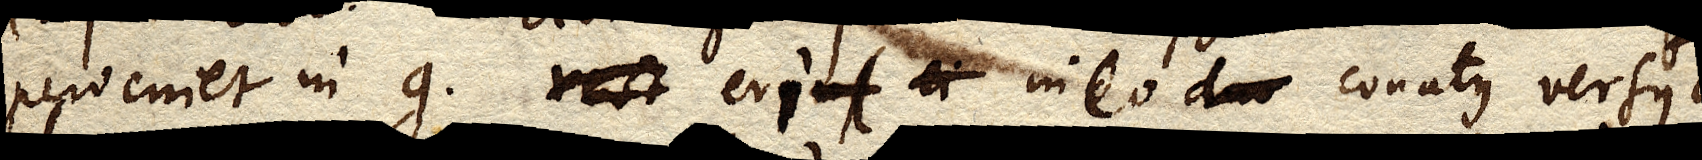
perveniet in g. rest erit ei in eo duo conatus versus